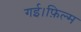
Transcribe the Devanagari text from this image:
गई।फ़िल्म